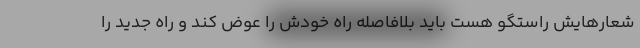
شعارهایش راستگو هست باید بلافاصله راه خودش را عوض کند و راه جدید را